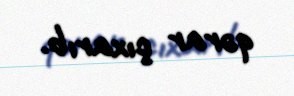
qərar çıxarıb.